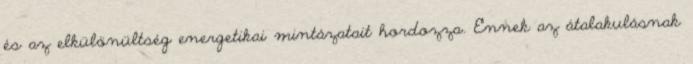
és az elkülönültség energetikai mintázatait hordozza. Ennek az átalakulásnak